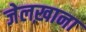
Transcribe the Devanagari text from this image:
जेलख़ाना